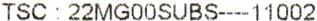
TSC : 22MG00SUBS----11002